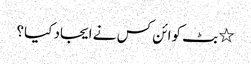
٭ بٹ کوائن کس نے ایجاد کیا؟